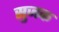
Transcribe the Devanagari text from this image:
सुजक